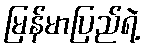
မြန်မာပြည်ရဲ့